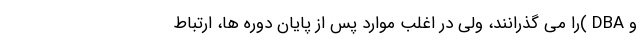
و DBA )را می گذرانند، ولی در اغلب موارد پس از پایان دوره ها، ارتباط